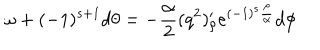
\omega + ( - 1 ) ^ { s + 1 } d \theta = - { \frac { \alpha } { 2 } } ( q ^ { 2 } ) _ { \rho } ^ { \prime } e ^ { ( - 1 ) ^ { s } { \frac { \rho } { \alpha } } } d \phi